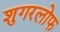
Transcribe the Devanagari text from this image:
शुगरलोफ